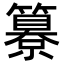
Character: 𥵺